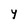
Character: Y